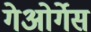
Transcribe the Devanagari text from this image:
गेओर्गेस